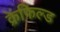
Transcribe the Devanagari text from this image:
क्रेंफिल्ड